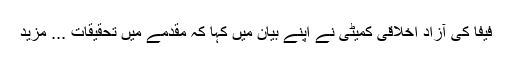
فیفا کی آزاد اخلاقی کمیٹی نے اپنے بیان میں کہا کہ مقدمے میں تحقیقات ... مزید